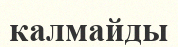
калмайды